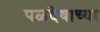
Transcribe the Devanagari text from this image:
पळदेवाच्या